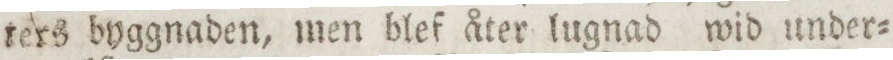
ters byggnaden, men blef åter lugnad wid under=